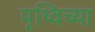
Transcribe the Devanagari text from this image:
पृथ्विच्या